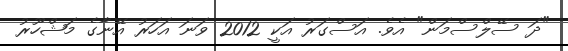
"ދަ ސޭލްސްމަން" އެވެ. އަސްގަރު އަކީ 2012 ވަނަ އަހަރު އޭނާގެ މަޝްހޫރު